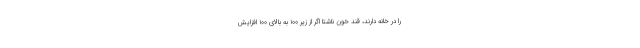
را در خانه دارند، قند خون ناشتا اگر از زیر ۱۰۰ به بالای ۱۰۰ افزایش